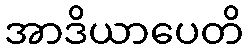
အာဒိယာပေတိ